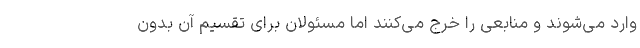
وارد می‌شوند و منابعی را خرج می‌کنند اما مسئولان برای تقسیم آن بدون